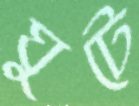
ঘুটে